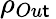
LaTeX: \rho_{Ou\mathsf{t}}\,